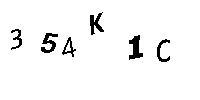
354K1C